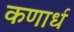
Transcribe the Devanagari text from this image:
कणार्ध